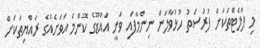
މި ފްލެޓްތަކަށް ފުރުސަތު ހުޅުވާލަން ނިންމާފައި ވަނީ އައްޑޫގެ ކޮންމެ އަވަށެއްގެ ރައްޔިތަކަށް